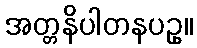
အတ္တနိပါတနပဥှ။